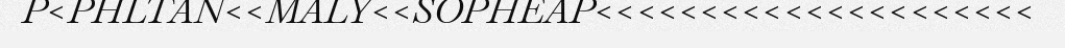
P<PHLTAN<<MALY<<SOPHEAP<<<<<<<<<<<<<<<<<<<<<